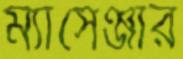
ম্যাসেঞ্জার